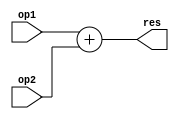
module Adder16 (
    input [15:0] op1,
    input [15:0] op2,
    output [15:0] res
);

assign res = op1+op2;
    
endmodule